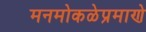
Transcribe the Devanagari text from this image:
मनमोकळेप्रमाणे